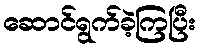
ဆောင်ရွက်ခဲ့ကြပြီး